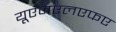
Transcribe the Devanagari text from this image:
यूएमएलएफए